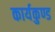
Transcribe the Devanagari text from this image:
कार्यकुण्ड